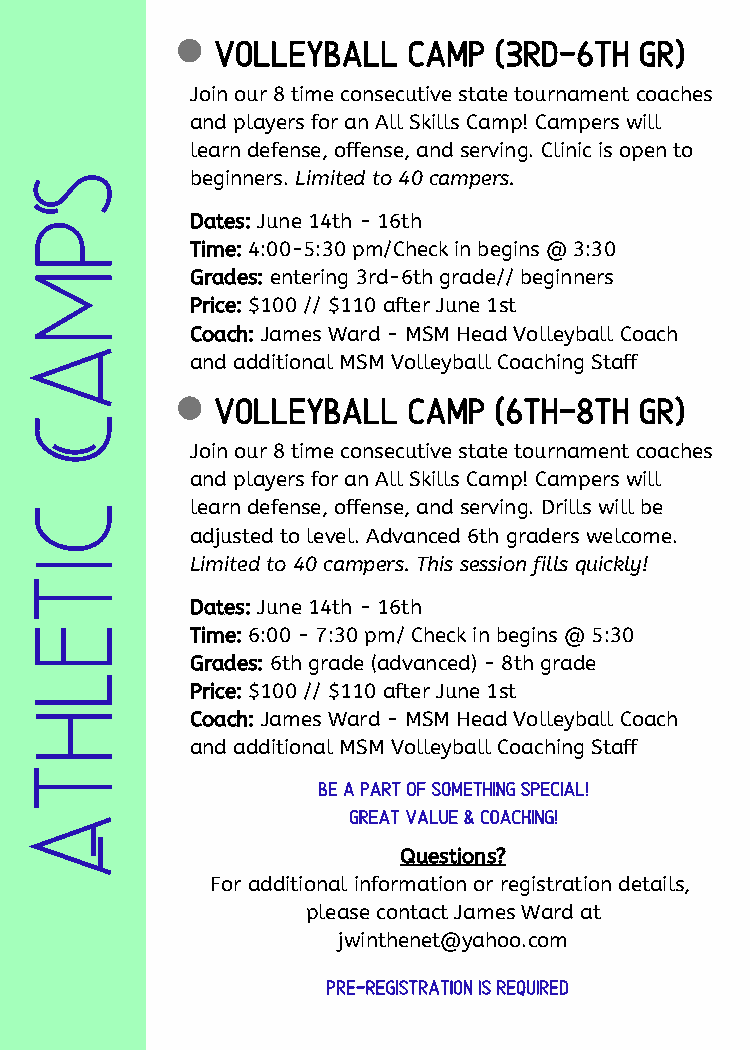
volleyball   camp  (3rd-6th gr)
 Join our 8 time consecutive state tournament coaches
 and players for an All Skills Camp! Campers will
 learn defense, offense, and serving. Clinic is open to
 S            beginners. Limited to 40 campers.
 p            Dates: June 14th - 16th
 Time: 4:00-5:30 pm/Check in begins @ 3:30
 m            Grades: entering 3rd-6th grade// beginners
 Price: $100 // $110 after June 1st
 Coach: James Ward - MSM Head Volleyball Coach
 a
 and additional MSM Volleyball Coaching Staff
 volleyball   camp  (6th-8th gr)
 C
 Join our 8 time consecutive state tournament coaches
 and players for an All Skills Camp! Campers will
 c            learn defense, offense, and serving. Drills will be
 adjusted to level. Advanced 6th graders welcome.
 i            Limited to 40 campers. This session fills quickly!
 t
 Dates: June 14th - 16th
 e            Time: 6:00 - 7:30 pm/ Check in begins @ 5:30
 Grades: 6th grade (advanced) - 8th grade
 l
 Price: $100 // $110 after June 1st
 h            Coach: James Ward - MSM Head Volleyball Coach
 and additional MSM Volleyball Coaching Staff
 t
 Be a part of something special!
 great value & coaching!
 A
 Questions?
 For additional information or registration details,
 please contact James Ward at
 jwinthenet@yahoo.com
 pre-Registration is required